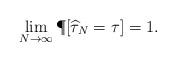
LaTeX: \begin{align*}\lim_{N\to\infty}\P[\widehat{\tau}_N=\tau]=1.\end{align*}